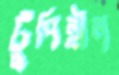
টুপিহীন